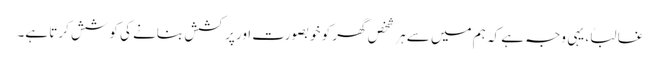
غالباً، یہی وجہ ہے کہ ہم میں سے ہر شخص گھر کو خوبصورت اور پرکشش بنانے کی کوشش کرتا ہے۔